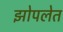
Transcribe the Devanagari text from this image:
झोपलेत